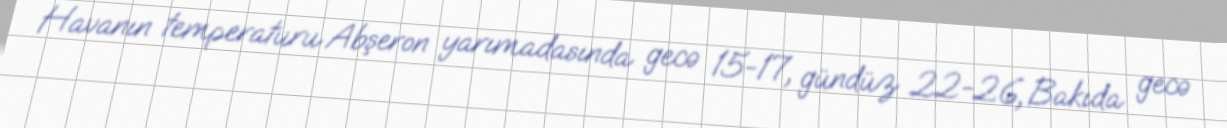
Havanın temperaturu Abşeron yarımadasında gecə 15-17, gündüz 22-26, Bakıda gecə